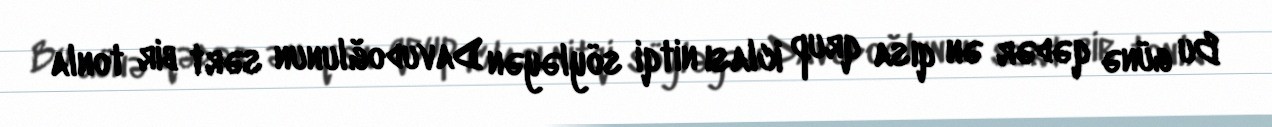
Bu günə qədər ən qısa qrup iclası nitqi söyləyən Davudoğlunun sərt bir tonla